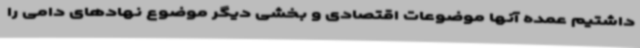
داشتیم عمده آنها موضوعات اقتصادی و بخشی دیگر موضوع نهادهای دامی را